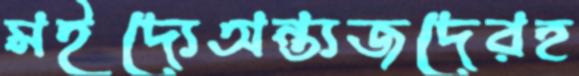
মইদ্যেঅন্ত্যজদেরহ